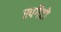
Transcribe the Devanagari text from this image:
स्पगैटो